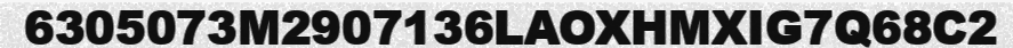
6305073M2907136LAOXHMXIG7Q68C2